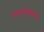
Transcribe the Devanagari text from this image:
घाटमाथ्यावरचं